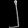
Digit: ၂